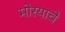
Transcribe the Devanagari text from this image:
मोरयाचे